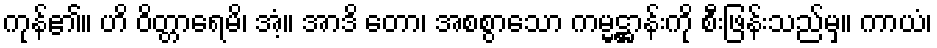
ကုန်၏။ ဟိ ဝိတ္တာရေမိ၊ အံ့။ အာဒိ တော၊ အစစွာသော ကမ္မဋ္ဌာန်းကို စီးဖြန်းသည်မှ။ ကာယံ၊